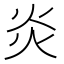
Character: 炎